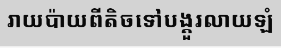
រាយប៉ាយពីតិចទៅបង្គួរលាយឡំ